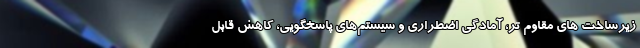
زیرساخت های مقاوم تر، آمادگی اضطراری و سیستم‌های پاسخگویی، کاهش قابل